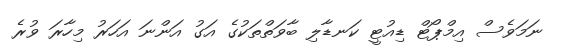
ނަމަވެސް އިމްޕޯޓް ޑިއުޓީ ކަނޑާލި ބާވަތްތަކުގެ އަގު އަންނަ އަހަރު މިހާރަ ވުރެ